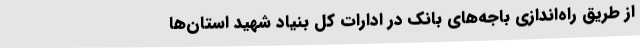
از طریق راه‌اندازی باجه‌های بانک در ادارات کل بنیاد شهید استان‌ها